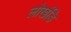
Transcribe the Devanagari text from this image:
लोखंडि